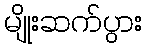
မျိုးဆက်ပွား